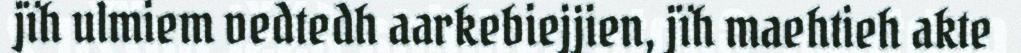
jïh ulmiem vedtedh aarkebiejjien, jïh maehtieh akte